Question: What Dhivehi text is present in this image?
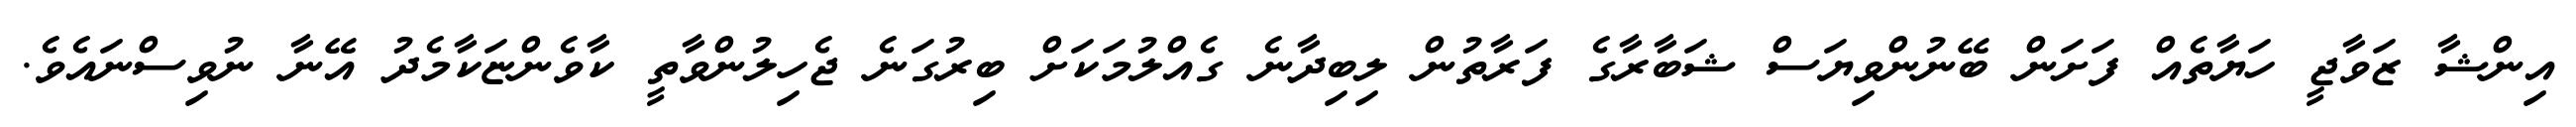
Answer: އިންޝާ ޒަވާޖީ ހަޔާތެއް ފަށަން ބޭނުންވިޔަސް ޝަބާރާގެ ފަރާތުން ލިބިދާނެ ގެއްލުމަކަށް ބިރުގަނެ ޖެހިލުންވާތީ ކާވެންޏަކާމެދު އޭނާ ނުވިސްނައެވެ.